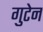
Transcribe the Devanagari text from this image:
गुटेन